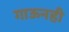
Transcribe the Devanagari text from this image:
गाऊनही